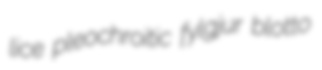
lice pleochroitic fylgjur blotto